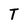
Character: T